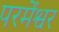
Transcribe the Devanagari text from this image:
परमेंश्वर